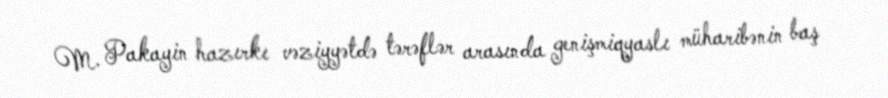
M. Pakayin hazırkı vəziyyətdə tərəflər arasında genişmiqyaslı müharibənin baş